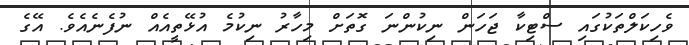
ވެހިކަލްތަކުގައި ސްޓިކާ ޖަހަން ނިކުންނަ ގޮތަށް މިހާރު ނިކުމެ އުޅޭތީއެއް ނުފެނެއެވެ. އޭގެ